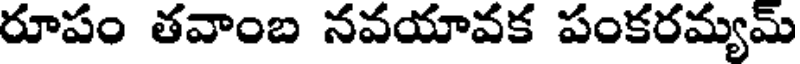
రూపం తవాంబ నవయావక పంకరమ్యమ్